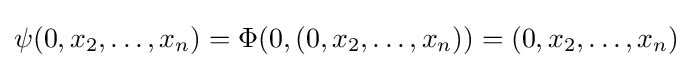
\psi (0,x_{2},\dots ,x_{n})=\Phi (0,(0,x_{2},\dots ,x_{n}))=(0,x_{2},\dots ,x_{n})